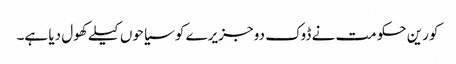
کورین حکومت نے ڈوک دو جزیرے کو سیاحوں کیلے کھول دیا ہے۔